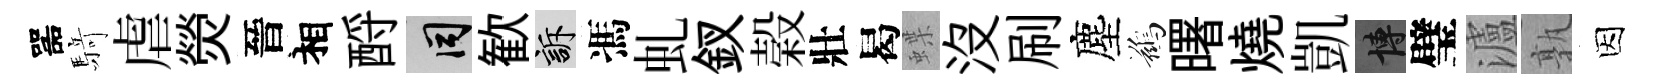
噐𮪍虐熒晉相酹间歓訴馮虬釵榖壯曷蝶没刷塵鷀曙燒凱博璧瀘孰因